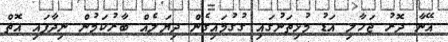
އޭނާ ދޮރު ޖަހާލި އަޑު މުޅިތަނުގައި ގުގުމައިގެން ދިޔަލެއް ބާރުކަމުން ނިދާފައި އޮތް